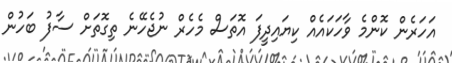
އަހަރެން ކޮންމެ ވާހަކައެއް ކިޔައިދީފަ އޮތަސް މެހެރް ނުޖެހޭނެ ތިގޮތަށް ސާފު ބަހުން